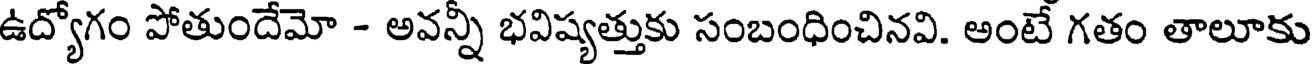
ఉద్యోగం పోతుందేమో - అవన్నీ భవిష్యత్తుకు సంబంధించినవి. అంటే గతం తాలూకు